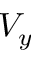
V _ { y }